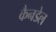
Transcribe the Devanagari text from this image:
कैनडेल